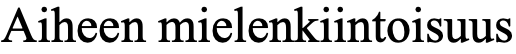
Aiheen mielenkiintoisuus